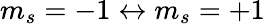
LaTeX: m_{s}=-1\leftrightarrow m_{s}=+1